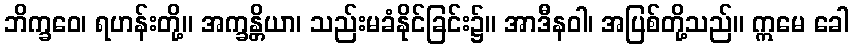
ဘိက္ခဝေ၊ ရဟန်းတို့။ အက္ခန္တိယာ၊ သည်းမခံနိုင်ခြင်း၌။ အာဒီနဝါ၊ အပြစ်တို့သည်။ ဣမေ ခေါ